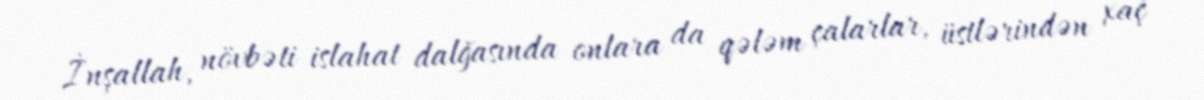
İnşallah, növbəti islahat dalğasında onlara da qələm çalarlar, üstlərindən xaç